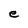
Character: e